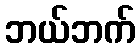
ဘယ်ဘက်